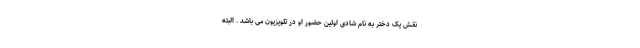
نقش یک دختر به نام شادی اولین حضور او در تلویزیون می باشد . البته